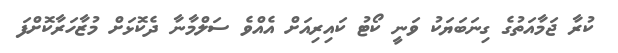
ކުރާ ޖަމާއަތުގެ ގިނަބަޔަކު ވަނީ ކޯޓު ކައިރިއަށް އެއްވެ ސަލްމާނާ ދެކޮޅަށް މުޒާހަރާކޮށްފަ